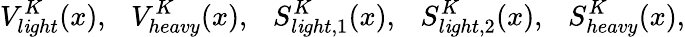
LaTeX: V_{l\mathit{i}ght}^{K}(x),~~~V_{heavy}^{K}(x),~~~S_{l\mathit{i}ght,1}^{K}(x),~~~S_{l\mathit{i}ght,2}^{K}(x),~~~S_{heavy}^{K}(x),